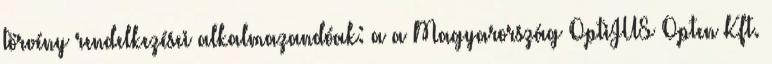
törvény rendelkezései alkalmazandóak: a a Magyarország OptiJUS Opten Kft.